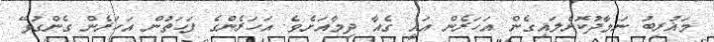
މަޣުރިބު ނަމާދުކޮށްލައިގެން އަހަރެން އައީ ގެއާ ދިމާއަށެވެ. އަހަރެންގެ ފަހަތުން އަހަރެން ގެންގުޅޭ